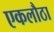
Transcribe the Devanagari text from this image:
एकलौठा